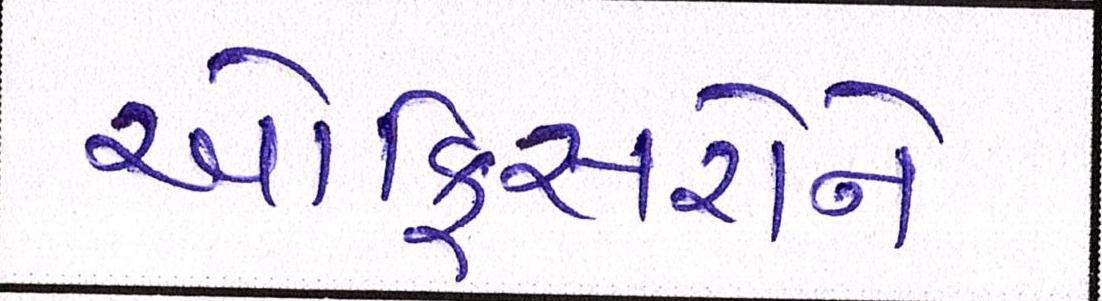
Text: ઓફિસરોને